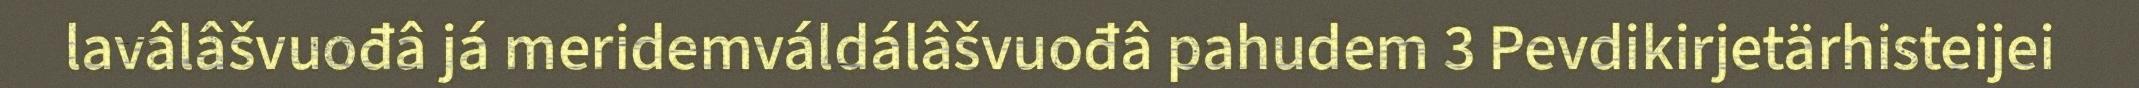
lavâlâšvuođâ já meridemváldálâšvuođâ pahudem 3 Pevdikirjetärhisteijei